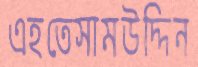
এহতেসামউদ্দিন